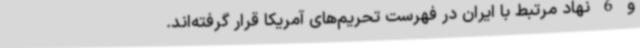
و 6 نهاد مرتبط با ایران در فهرست تحریم‌های آمریکا قرار گرفته‌اند.